Indian journal of veterinary science and animal husbandry - Volume 12,
Year: 1942
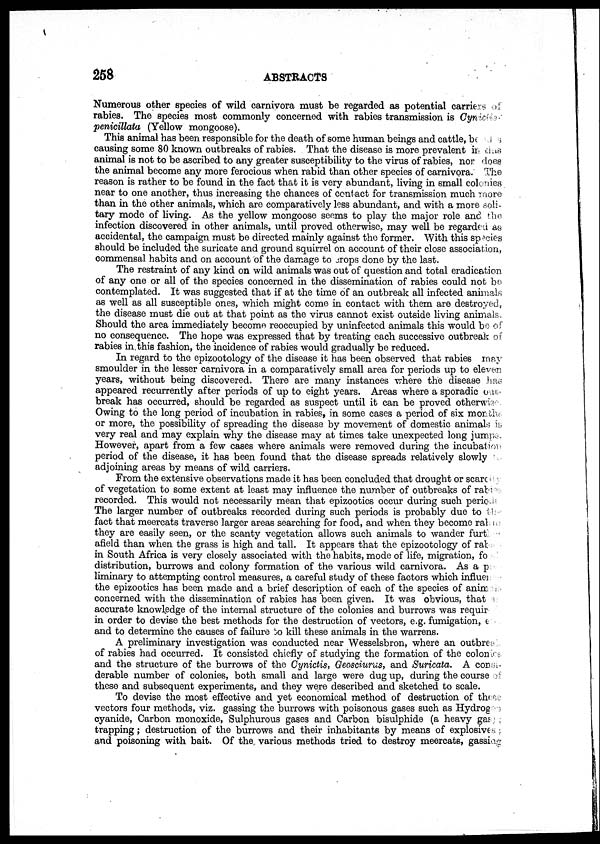
258
ABSTRACTS
Numerous other species of wild carnivora must be regarded as potential carriers of
rabies. The species most commonly concerned with rabies transmission is Cynictis
penicillata (Yellow mongoose).
This animal has been responsible for the death of some human beings and cattle, be was
causing some 80 known outbreaks of rabies. That the disease is more prevalent in this
animal is not to be ascribed to any greater susceptibility to the virus of rabies, nor does
the animal become any more ferocious when rabid than other species of carnivora. The
reason is rather to be found in the fact that it is very abundant, living in small colonies
near to one another, thus increasing the chances of contact for transmission much more
than in the other animals, which are comparatively less abundant, and with a more soli-
tary mode of living. As the yellow mongoose seems to play the major role and the
infection discovered in other animals, until proved otherwise, may well be regarded as
accidental, the campaign must be directed mainly against the former. With this species
should be included the suricate and ground squirrel on account of their close association,
commensal habits and on account of the damage to crops done by the last.
The restraint of any kind on wild animals was out of question and total eradication
of any one or all of the species concerned in the dissemination of rabies could not be
contemplated. It was suggested that if at the time of an outbreak all infected animals
as well as all susceptible ones, which might come in contact with them are destroyed,
the disease must die out at that point as the virus cannot exist outside living animals.
Should the area immediately become reoccupied by uninfected animals this would be of
no consequence. The hope was expressed that by treating each successive outbreak of
rabies in this fashion, the incidence of rabies would gradually be reduced.
In regard to the epizootology of the disease it has been observed that rabies may
smoulder in the lesser carnivora in a comparatively small area for periods up to eleven
years, without being discovered. There are many instances where the disease has
appeared recurrently after periods of up to eight years. Areas where a sporadic ont¬
break has occurred, should be regarded as suspect until it can be proved otherwise
Owing to the long period of incubation in rabies, in some cases a period of six months
or more, the possibility of spreading the disease by movement of domestic animals is
very real and may explain why the disease may at times take unexpected long jumps.
However, apart from a few cases where animals were removed during the incubation
period of the disease, it has been found that the disease spreads relatively slowly to
adjoining areas by means of wild carriers.
From the extensive observations made it has been concluded that drought or scarcity
of vegetation to some extent at least may influence the number of outbreaks of rabies
recorded. This would not necessarily mean that epizootics occur during such periods
The larger number of outbreaks recorded during such periods is probably due to the
fact that meercats traverse larger areas searching for food, and when they become rabies
they are easily seen, or the scanty vegetation allows such animals to wander further
afield than when the grass is high and tall. It appears that the epizootology of rabies
in South Africa is very closely associated with the habits, mode of life, migration, fo
distribution, burrows and colony formation of the various wild carnivora. As a p
liminary to attempting control measures, a careful study of these factors which influence
the epizootics has been made and a brief description of each of the species of animals
concerned with the dissemination of rabies has been given. It was obvious, that
accurate knowledge of the internal structure of the colonies and burrows was required
in order to devise the best methods for the destruction of vectors, e.g. fumigation, e
and to determine the causes of failure to kill these animals in the warrens.
A preliminary investigation was conducted near Wesselsbron, where an outbreak
of rabies had occurred. It consisted chiefly of studying the formation of the colonies
and the structure of the burrows of the Cynictis, Geosciurus, and Suricata. A consi-
derable number of colonies, both small and large were dug up, during the course of
these and subsequent experiments, and they were described and sketched to scale.
To devise the most effective and yet economical method of destruction of these
vectors four methods, viz. gassing the burrows with poisonous gases such as Hydrogen
cyanide, Carbon monoxide, Sulphurous gases and Carbon bisulphide (a heavy gas) ;
trapping; destruction of the burrows and their inhabitants by means of explosives ;
and poisoning with bait. Of the various methods tried to destroy meercats, gassing